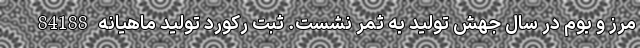
مرز و بوم در سال جهش تولید به ثمر نشست. ثبت رکورد تولید ماهیانه 84188